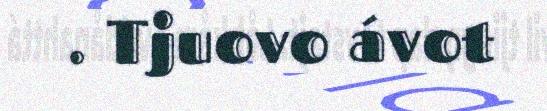
. Tjuovo ávot